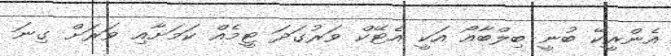
އެންރީކޭ ބުނީ ބިލްބާއޯ އަކީ އެޓޭކް ވަރުގަދަ ޓީމެއް ކަމަށާއި ވަރަށް ގިނަ